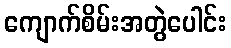
ကျောက်စိမ်းအတွဲပေါင်း